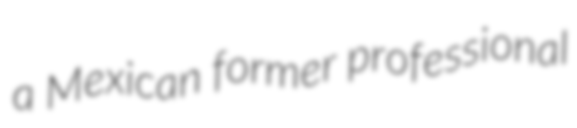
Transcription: a Mexican former professional